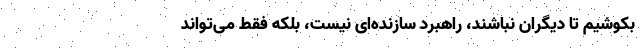
بکوشیم تا دیگران نباشند، راهبرد سازنده‌ای نیست، بلکه فقط می‌تواند